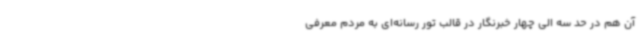
آن هم در حد سه الی چهار خبرنگار در قالب تور رسانه‌ای به مردم معرفی